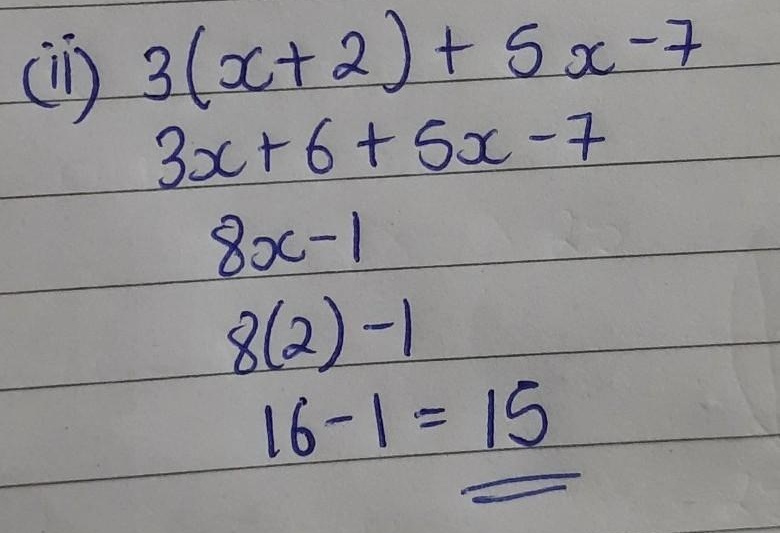
\begin{align*}
\text{(ii)}&3(x + 2)+5x - 7\\
&3x+6 + 5x-7\\
&8x - 1\\
&8(2)-1\\
&16 - 1=\underline{15}
\end{align*}